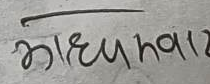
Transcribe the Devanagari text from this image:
भध्युनावा२